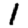
Digit: 1